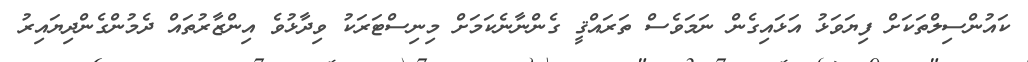
ކައުންސިލްތަކަށް ފިޔަވަޅު އަޅައިގެން ނަމަވެސް ތަރައްޤީ ގެންނާނެކަމަށް މިނިސްޓަރަކު ވިދާޅުވެ އިންޒާރުތައް ދެމުންގެންދިޔައިރު